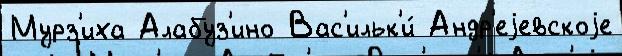
Мурз'иха Алабуз'ино Вас'ильк'и́ Андр'еjевскоjе